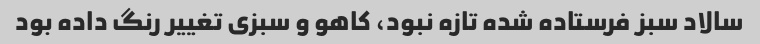
سالاد سبز فرستاده شده تازه نبود، کاهو و سبزی تغییر رنگ داده بود